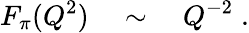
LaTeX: F_{\pi}(Q^{2})\quad\sim\quad Q^{-2}\; .